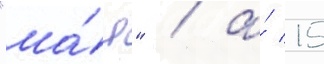
"ма́я" / а́ 15